Tezpur Lunatic Asylum reports 1877-1894 - 1877-1894
Year: 1877
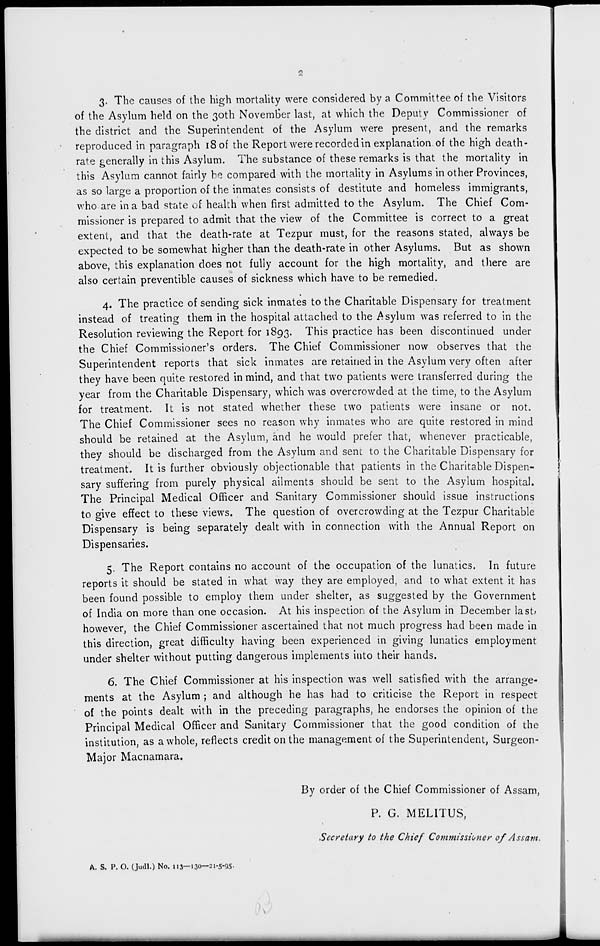
3. The causes of the high mortality were considered by a Committee of the Visitors
of the Asylum held on the 30th November last, at which the Deputy Commissioner of
the district and the Superintendent of the Asylum were present, and the remarks
reproduced in paragraph 18 of the Report were recorded in explanation, of the high death-
rate generally in this Asylum. The substance of these remarks is that the mortality in
this Asylum cannot fairly be compared with the mortality in Asylums in other Provinces,
as so large a proportion of the inmates consists of destitute and homeless immigrants,
who are in a bad state of health when first admitted to the Asylum. The Chief Com-
missioner is prepared to admit that the view of the Committee is correct to a great
extent, and that the death-rate at Tezpur must, for the reasons stated, always be
expected to be somewhat higher than the death-rate in other Asylums. But as shown
above, this explanation does not fully account for the high mortality, and there are
also certain preventible causes of sickness which have to be remedied.
4. The practice of sending sick inmates to the Charitable Dispensary for treatment
instead of treating them in the hospital attached to the -Asylum was referred to in the
Resolution reviewing the Report for 1893. This practice has been discontinued under
the Chief Commissioner's orders. The Chief Commissioner now observes that the
Superintendent reports that sick inmates are retained in the Asylum very often after
they have been quite restored in mind, and that two patients were transferred during the
year from the Charitable Dispensary, which was overcrowded at the time, to the Asylum
for treatment. It is not stated whether these two patients were insane or not.
The Chief Commissioner sees no reason why inmates who are quite restored in mind
should be retained at the Asylum, and he would prefer that, whenever practicable,
they should be discharged from the Asylum and senc to the Charitable Dispensary for
treatment. It is further obviously objectionable that patients in the Charitable Dispen-
sary suffering from purely physical ailments should be sent to the Asylum hospital.
The Principal Medical Officer and Sanitary Commissioner should issue instructions
to <*ive effect to these views. The question of overcrowding at the Tezpur Charitable
Dispensary is being separately dealt with in connection with the Annual Report on
Dispensaries.
5. The Report contains no account of the occupation of the lunatics. In future
reports it should be stated in what way they are employed, and to what extent it has
been found possible to employ them under shelter, as suggested by the Government
of India on more than one occasion. At his inspection of the Asylum in December last*
however the Chief Commissioner ascertained that not much progress had been made in
this direction, great difficulty having been experienced in giving lunatics employment
under shelter without putting dangerous implements into their hands.
6. The Chief Commissioner at his inspection was well satisfied with the arrange-
ments at the Asylum ; and although he has had to criticise the Report in respect
of the points dealt with in the preceding paragraphs, he endorses the opinion of the
Principal Medical Officer and Sanitary Commissioner that the good condition of the
institution, as a whole, reflects credit on the management of the Superintendent, Surgeon-
Major Macnamara.
By order of the Chief Commissioner of Assam,
P. G. MELITUS,
.Secretary to the Chief Commissioner 0/ Assam.
A. S. P. O. (Judl.) No. 113—130—21-5-95-